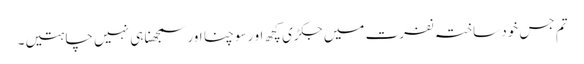
تم جس خود ساختہ نفرت میں جکڑی کچھ او رسوچنا اور سمجھنا ہی نہیں چاہتیں۔